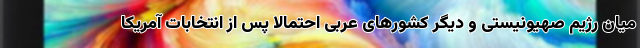
میان رژیم صهیونیستی و دیگر کشورهای عربی احتمالا پس از انتخابات آمریکا